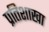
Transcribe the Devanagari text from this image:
प्रतिशाखा